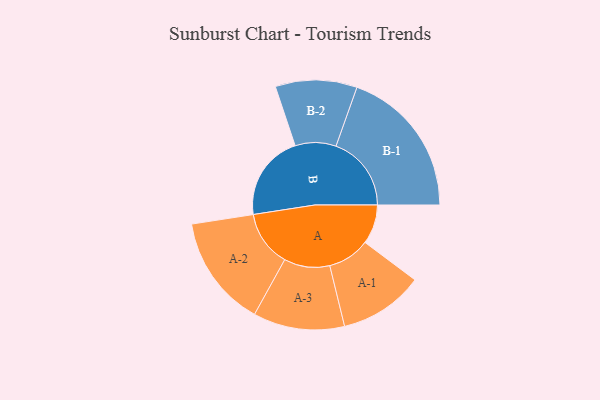
{"axis": {"x": "Segment", "y": "Value"}, "legend": ["", "A", "B"], "data": [{"x": "A", "y": 138, "type": ""}, {"x": "B", "y": 301, "type": ""}, {"x": "A-1", "y": 148, "type": "A"}, {"x": "A-2", "y": 196, "type": "A"}, {"x": "A-3", "y": 160, "type": "A"}, {"x": "B-1", "y": 264, "type": "B"}, {"x": "B-2", "y": 143, "type": "B"}]}